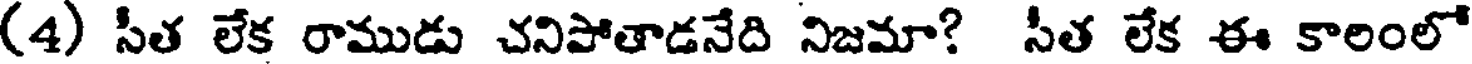
(4) సీత లేక రాముడు చనిపోతాడనేది నిజమా? సీత లేక ఈ కాలంలో